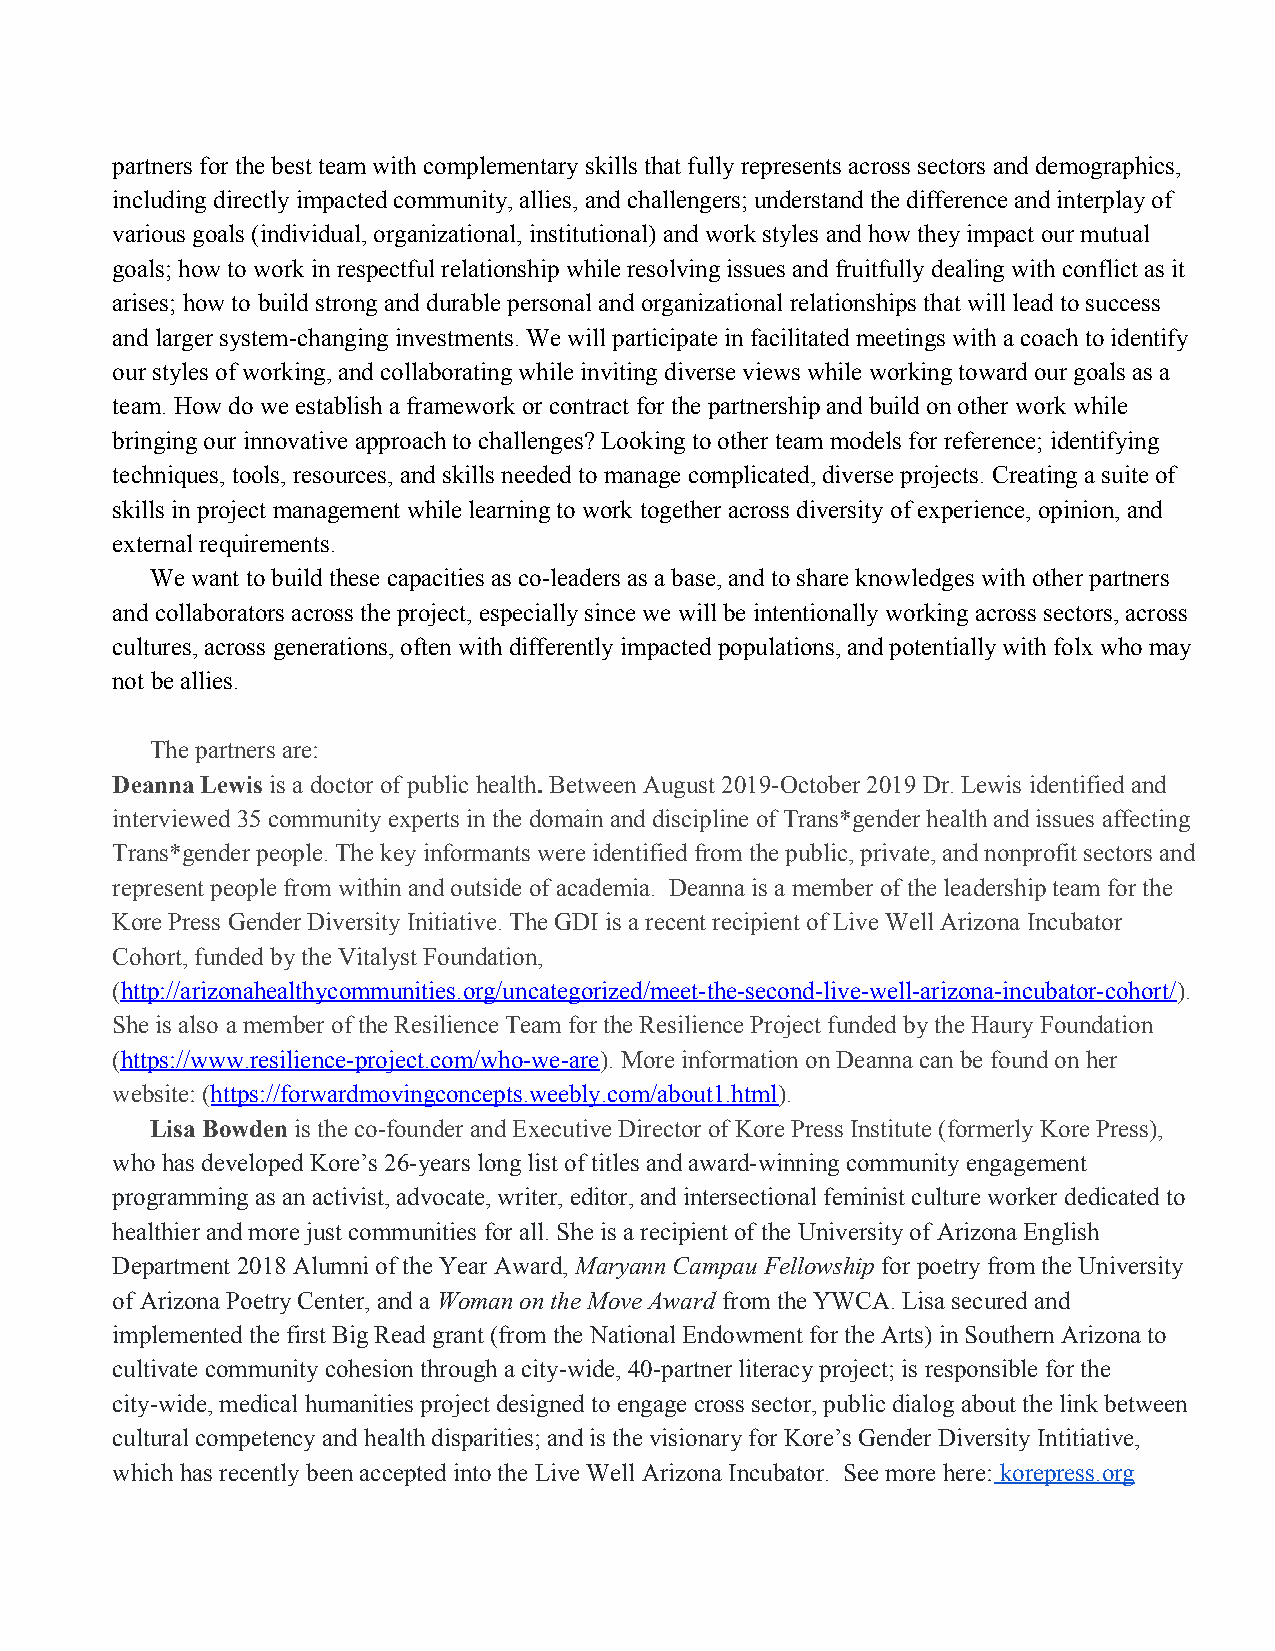
partners for the best team with complementary skills that fully represents across sectors and demographics,
 including directly impacted community, allies, and challengers; understand the difference and interplay of
 various goals (individual, organizational, institutional) and work styles and how they impact our mutual
 goals; how to work in respectful relationship while resolving issues and fruitfully dealing with conflict as it
 arises; how to build strong and durable personal and organizational relationships that will lead to success
 and larger system-changing investments. We will participate in facilitated meetings with a coach to identify
 our styles of working, and collaborating while inviting diverse views while working toward our goals as a
 team. How do we establish a framework or contract for the partnership and build on other work while
 bringing our innovative approach to challenges? Looking to other team models for reference; identifying
 techniques, tools, resources, and skills needed to manage complicated, diverse projects. Creating a suite of
 skills in project management while learning to work together across diversity of experience, opinion, and
 external requirements.
 We want to build these capacities as co-leaders as a base, and to share knowledges with other partners
 and collaborators across the project, especially since we will be intentionally working across sectors, across
 cultures, across generations, often with differently impacted populations, and potentially with folx who may
 not be allies.
 The partners are:
 Deanna Lewis is a doctor of public health. Between August 2019-October 2019 Dr. Lewis identified and
 ​                  ​ ​
 interviewed 35 community experts in the domain and discipline of Trans*gender health and issues affecting
 Trans*gender people. The key informants were identified from the public, private, and nonprofit sectors and
 represent people from within and outside of academia. Deanna is a member of the leadership team for the
 Kore Press Gender Diversity Initiative. The GDI is a recent recipient of Live Well Arizona Incubator
 Cohort, funded by the Vitalyst Foundation,
 (http://arizonahealthycommunities.org/uncategorized/meet-the-second-live-well-arizona-incubator-cohort/).
 ​                                                                     ​
 She is also a member of the Resilience Team for the Resilience Project funded by the Haury Foundation
 (https://www.resilience-project.com/who-we-are). More information on Deanna can be found on her
 ​                               ​
 website: (https://forwardmovingconcepts.weebly.com/about1.html).
 ​                                    ​
 Lisa Bowden is the co-founder and Executive Director of Kore Press Institute (formerly Kore Press),
 ​
 who has developed Kore’s 26-years long list of titles and award-winning community engagement
 programming as an activist, advocate, writer, editor, and intersectional feminist culture worker dedicated to
 healthier and more just communities for all. She is a recipient of the University of Arizona English
 Department 2018 Alumni of the Year Award, Maryann Campau Fellowship for poetry from the University
 ​                   ​
 of Arizona Poetry Center, and a Woman on the Move Award from the YWCA. Lisa secured and
 ​                 ​
 implemented the first Big Read grant (from the National Endowment for the Arts) in Southern Arizona to
 cultivate community cohesion through a city-wide, 40-partner literacy project; is responsible for the
 city-wide, medical humanities project designed to engage cross sector, public dialog about the link between
 cultural competency and health disparities; and is the visionary for Kore’s Gender Diversity Intitiative,
 which has recently been accepted into the Live Well Arizona Incubator. See more here: korepress.org
 ​